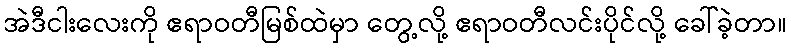
အဲဒီငါးလေးကို ဧရာဝတီမြစ်ထဲမှာ တွေ့လို့ ဧရာဝတီလင်းပိုင်လို့ ခေါ်ခဲ့တာ။